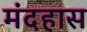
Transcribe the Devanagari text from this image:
मंदहास